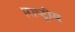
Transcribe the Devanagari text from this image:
।राष्ट्रीय